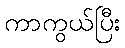
ကာကွယ်ပြီး